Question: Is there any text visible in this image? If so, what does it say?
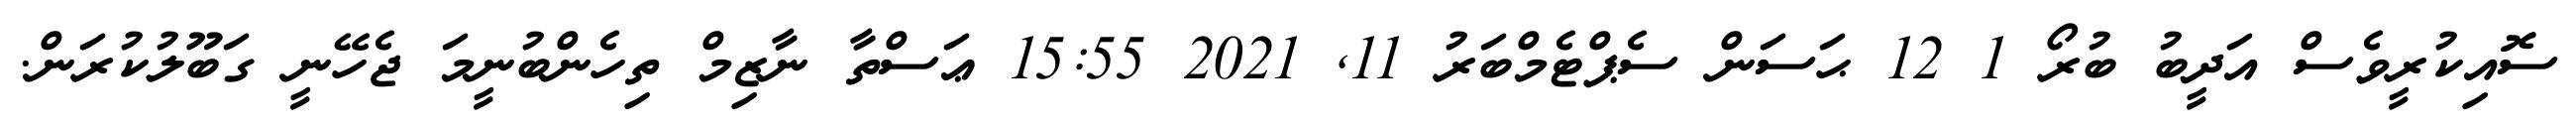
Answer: ސޮއިކުރީވެސް އަދީބު ބުރޯ 1 12 ޙަސަން ސެޕްޓެމްބަރު 11, 2021 15:55 ޢަސްތާ ނާޒިމް ތިހެންބުނީމަ ޖެހޭނީ ގަބޫލުކުރަން.